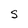
Character: S